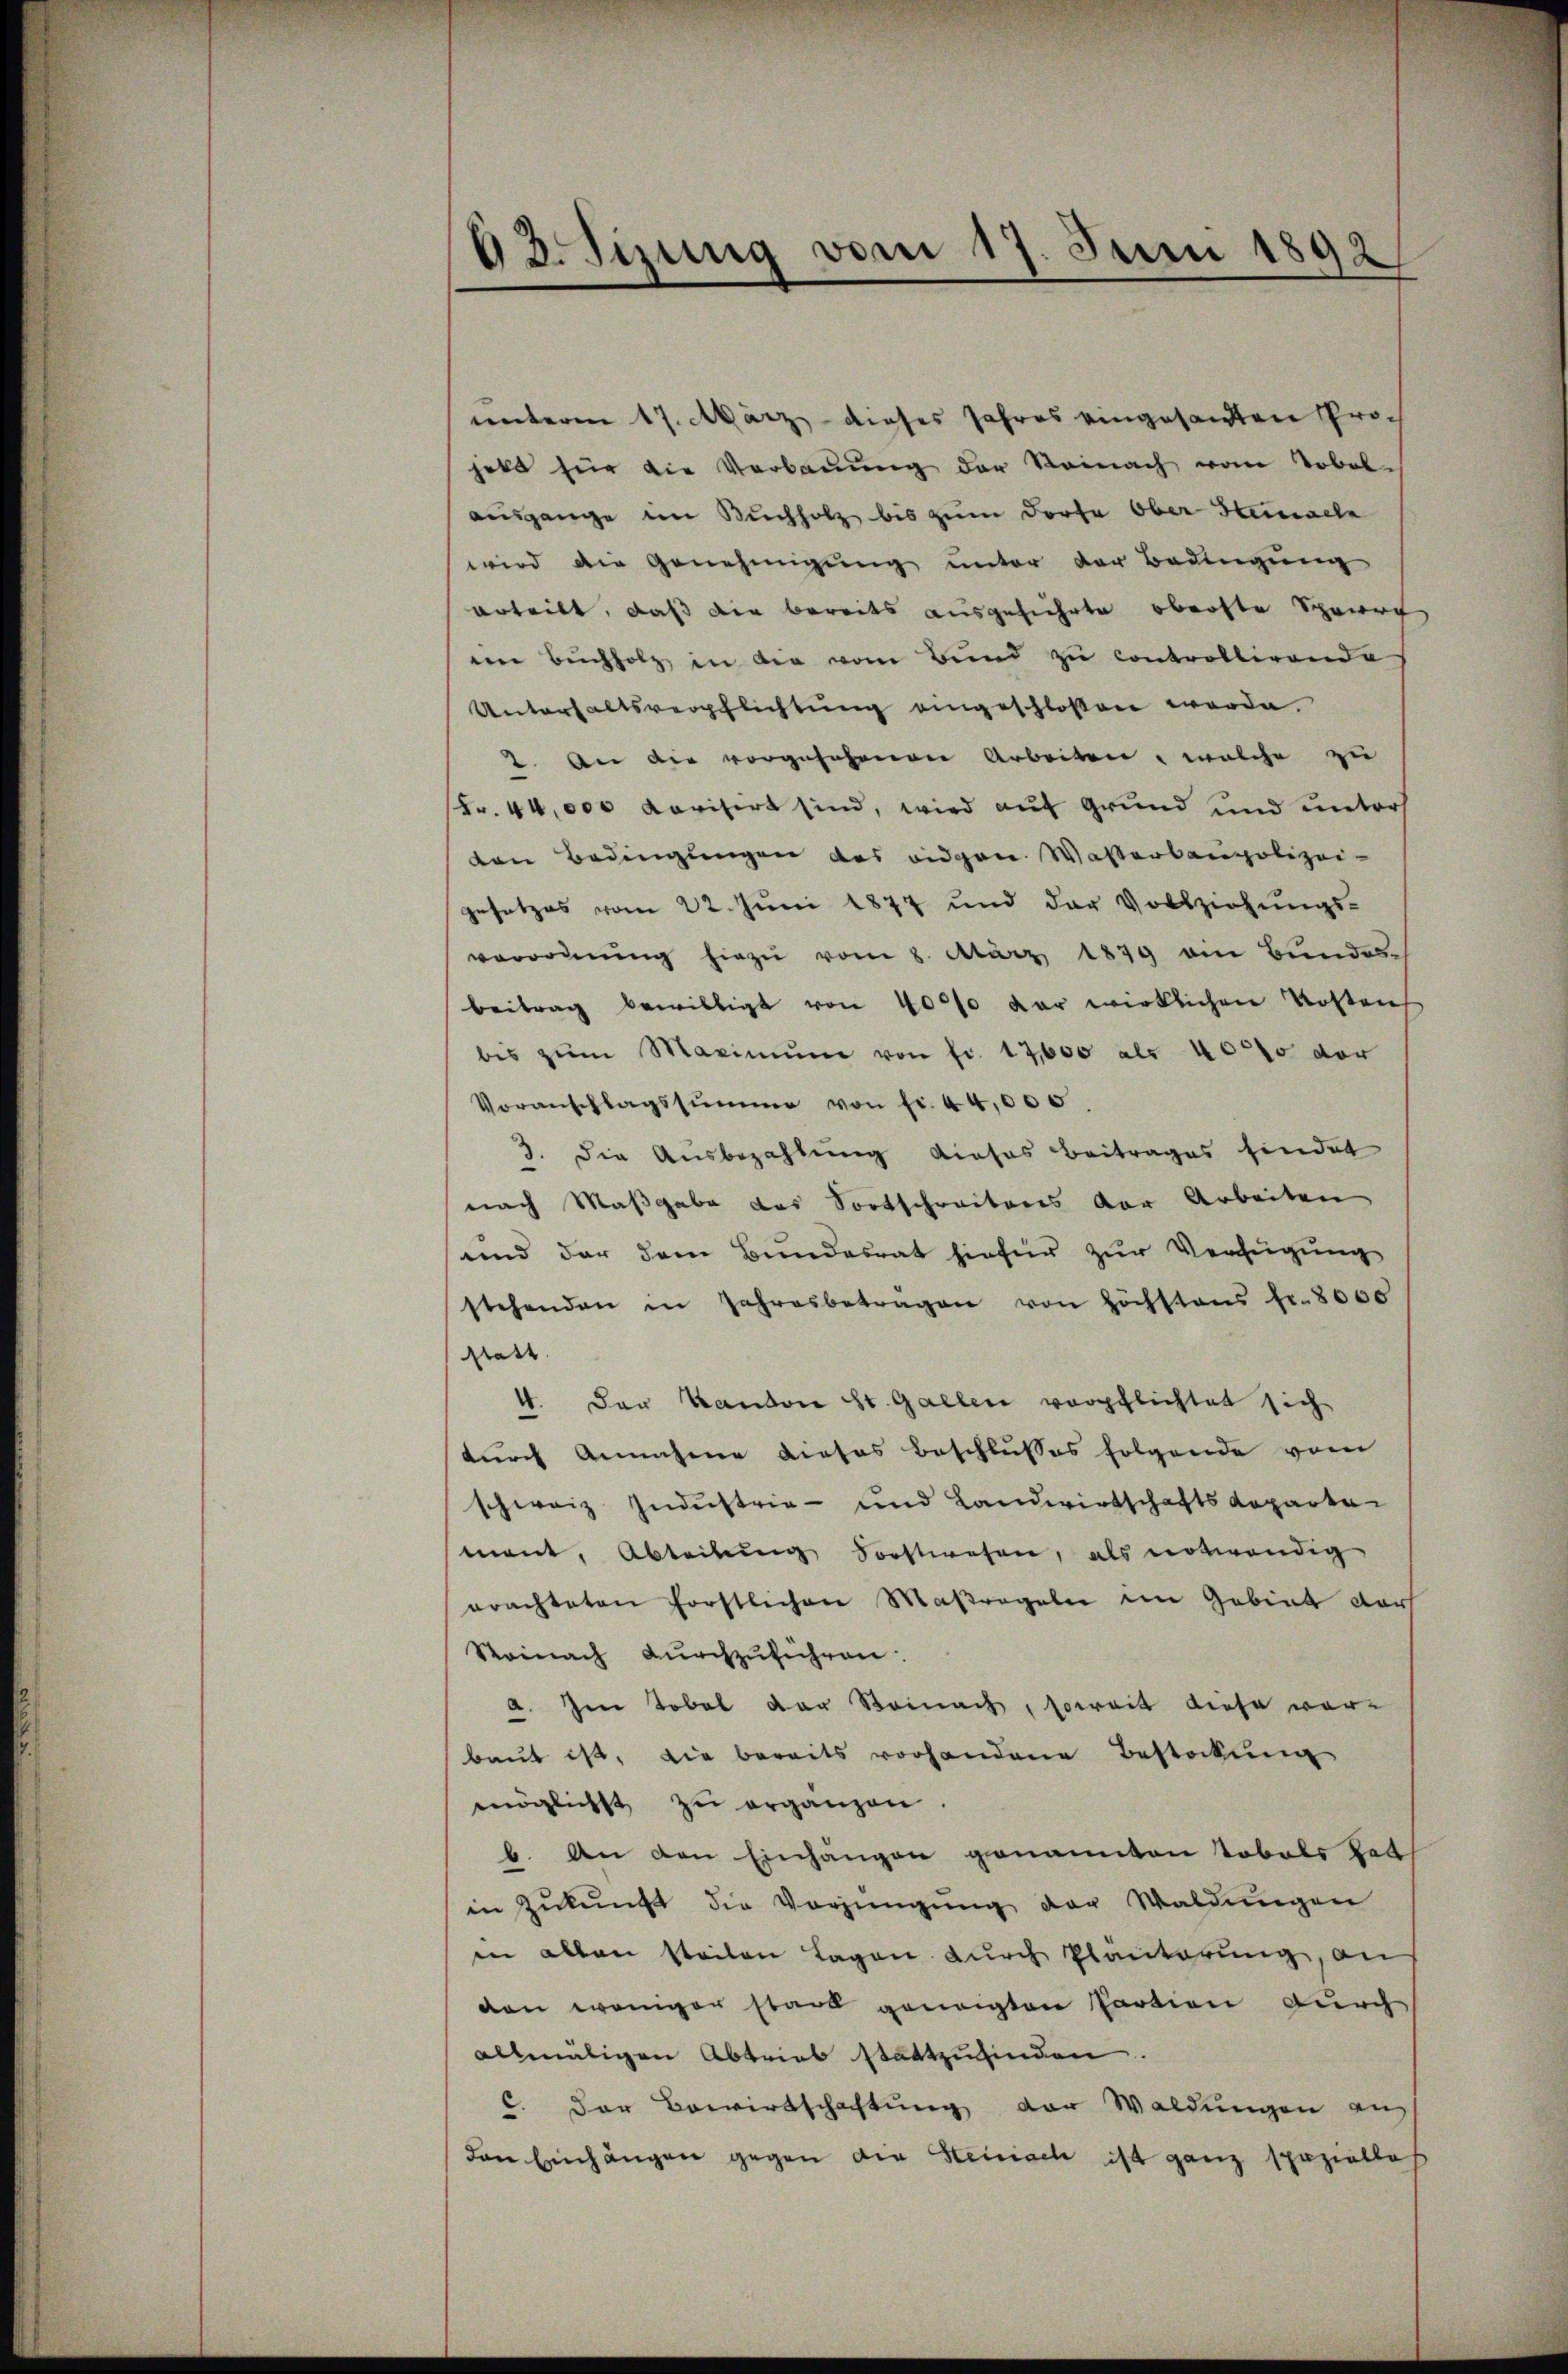
63. Sizung vom 17. Juni 1892

unterm 17. März dieses Jahres eingesandten Sprach
jett für die Verbaŭŭng der Reinach vom Tobel-
ausgange im Buchholz bis zum Dorfe Ober Steinacle
wird die Genehmigung unter der Bedingung
erteilt, daß die bereits ausgeführte oberste Sperrt
im Buchholz in die vom Bund zu controllirende
Unterhaltsverpflichtŭng eingeschlossen werde.
2. An die vorgesehenen Arbeiten, welche zu
(Fr. 44,000 Revisirt sind, wird auf Grund und unters
den Bedingungen des eidgen. Wasserbaupolizei-
gesetzes vom 22. Juni 1877 und der Vollziehungs-
verordnŭng hiezu vom 8. März 1879 am Bundesbeitrag bewilligt von 40000 der wirklichen Kosten
bis zŭm Maximŭm von fr. 17,000 als 40000 der
Voranschlagssumme von fr. 44,000.
3. die Ausbezahlung dieses Beitrages findet
nach Maßgabe das Fortschreibens der Arbeiten
und der dem Bundesrat hiefür zur Verfügung
stehenden in Jahresbetragen von höchstens fr. 8000
statt
4. Der Kanton St. Gallen verpflichtet sich
durch Annahme dieses Beschlusses folgende vom
schweiz Industrie- und Landwirtschaftsdeparte
mont, Abteilung Sorstwesen, als notwendig
erachteten forstlichen Maßregeln im Gebiet darf
Steinach durchzuführen:
a. Im Tobel der Steinach, soweit diese vor-
baŭt ist, die bereits vorhandene Bestockung
möglichst zu erganzen
b. An den Einhängen genannten Tobels hat
in Zŭkŭnft die Vorjüngŭng der Waldungen
in allen steilen Lagen durch Planterung, an
den weniger stand geneigten Partion durch
allmäligen Abtries stattzufinden.
C. Der Bewirtschaftung der Waldungen auf
den Einhängen gegen die Steinisch ist ganz speziallas